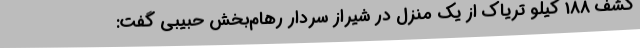
کشف 188 کیلو تریاک از یک منزل در شیراز سردار رهام‌بخش حبیبی گفت: